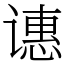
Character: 𬤝